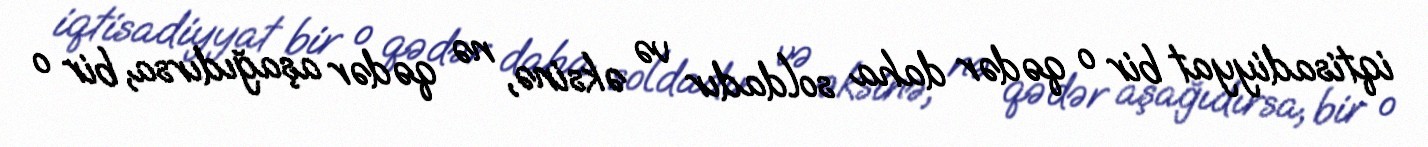
iqtisadiyyat bir o qədər daha soldadır və əksinə, nə qədər aşağıdırsa, bir o